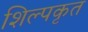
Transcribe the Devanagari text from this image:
शिल्पकृत